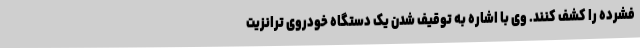
فشرده را کشف کنند. وی با اشاره به توقیف شدن یک دستگاه خودروی ترانزیت